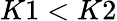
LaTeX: K1<K2